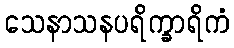
သေနာသနပရိက္ခာရိကံ